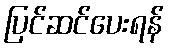
ပြင်ဆင်ပေးရန်